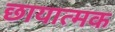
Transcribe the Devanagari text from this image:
छायात्मक